Vaccination in Bombay 1889-1901 - 1889-1901
Year: 1889
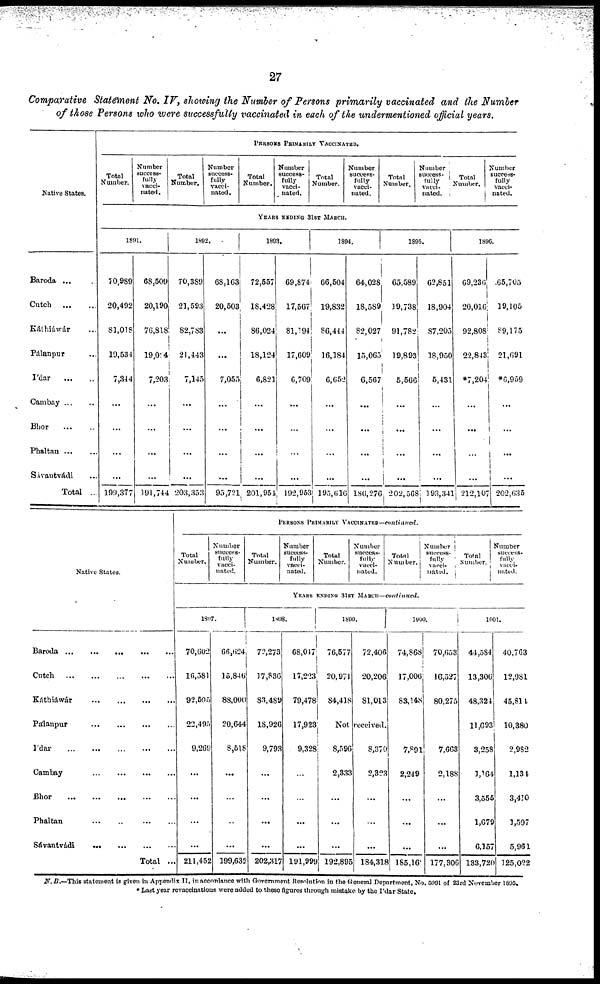
27
Comparative Statement No. IV, showing the Number of Persons primarily vaccinated and the Number
of those Persons who were successfully vaccinated in each of the undermentioned official years.
Native States.
Baroda ...
Cutch
...
...
Káthiáwár ...
Pálanpur ...
I'dar
...
...
Cambay
...
...
Bhor
...
...
Phaltan
...
...
Savantvádi ...
Total ...
PERSONS PRIMARILY VACCINATED.
Total
Number.
Number
success-
fully
vacci-
nated.
Total
Number.
Number
success-
fully
vacci-
nated.
Total
Number.
Number
success-
fully
vacci-
nated.
Total
Number.
Number
success-
fully
vacci-
nated.
Total
Number.
Number
success-
fully
vacci-
nated.
Total
Number.
Number
success-
fully
vacci-
nated.
YEARS ENDING 31ST MARCH.
1891.
70,989
20,492
83,018
19,534
7,344
...
...
...
...
199,377
68,509
20,190
76,818
19,004
7,203
...
...
...
...
191,744
1892.
70,389
21,593
82,783
21,443
7,145
...
...
...
...
203,353
68,163
20,503
...
...
7,055
...
...
...
...
95,721
1893.
72,557
18,428
86,024
18,124
6,821
...
...
...
...
201,954
69,874
17,567
81,194
17,609
6,709
...
...
...
...
192,953
1894.
66,504
19,832
86,444
16,184
6,652
...
...
...
...
195,616
64,028
18,589
82,027
15,065
6,567
...
...
...
...
186,276
1895.
65,589
19,738
91,782
19,893
5,566
...
...
...
...
202,568
62,851
18,904
87,205
18,950
5,431
...
...
...
...
1 93,341
1896.
69,236
20,016
92,808
22,843
*7,204
...
...
...
...
212,107
65,705
19,105
89,175
21,691
*6,959
...
...
...
...
202,635
Native States.
Baroda
...
...
...
...
...
Cutch
...
...
...
...
...
Káthiáwár
...
...
Pálanpur
...
...
...
I'dar
...
...
...
...
...
Cambay
...
...
...
Bhor
...
...
...
...
...
Phaltan
...
...
...
...
Sávantvádi ... ...
Total ...
PERSONS PRIMARILY VACCINATED— continued.
Total
Number.
Number
success-
fully
vacci-
nated.
Total
Number.
Number
success-
fully
vacci-
nated.
Total
Number.
Number
success-
fully
vacci-
natud.
Total
Number.
Number
success-
fully
vacci-
nated.
Total
Number.
Number
success-
fully
vacci-
nated.
YEARS ENDING 31ST MARCH—continued.
1897.
70,602
16,581
92,505
22,495
9,269
...
...
...
...
211,452
66,624
15,846
88,000
20,644
8,518
...
...
...
...
199,632
1898.
72,273
37,836
83,489
18,926
9,793
...
...
...
...
202,317
68,017
17,223
79,478
17,923
9,328
...
...
...
...
191,999
1899.
76,577
20,971
84,418
72,406
20,206
81,013
Not received.
8,596
2,333
...
...
...
192,895
8,370
2,323
...
...
...
184,318
1900.
74,868
17,006
83,l48
7,891
2,249
...
...
...
185,16
70,653
16,527
80,275
7,663
2,188
...
...
...
177,306
1901.
44,584
13,306
48,324
11,693
3,258
1,164
3,555
1,679
6,157
133,720
40,763
12,981
45,814
10,380
2,982
1,134
3,410
1,597
5,961
125,022
N.B.—This statement is given in Appendix II, in accordance with Government Resolution in the General Department, No. 5091 of 23rd November 1895.
* Last year revaccinations were added to these figures through mistake by the I'dar State.